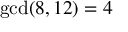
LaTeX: \operatorname* { g c d } ( 8 , 1 2 ) = 4